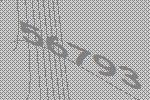
56793